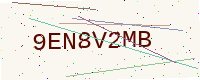
Text: 9EN8V2MB